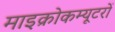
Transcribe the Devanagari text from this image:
माइक्रोकम्यूटरों